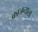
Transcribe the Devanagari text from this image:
काजव्याला